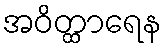
အဝိတ္ထာရေန